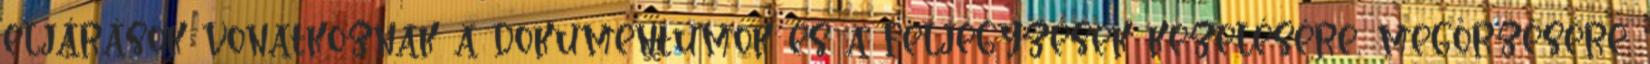
eljárások vonatkoznak a dokumentumok és a feljegyzések kezelésére, megőrzésére.